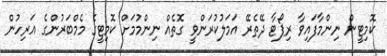
ކޮމިޓީން ނިންމާފައިވާ ރިޕޯޓާ ދޭތެރޭ އަމަލުކުރަންވީ ގޮތެއް ނިންމުމަށް ކޮމިޓީގެ މެމްބަރުންގެ އަރިހުން